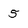
Character: 5